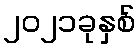
၂၀၂၁ခုနှစ်